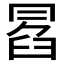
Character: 𠕣